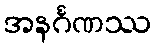
အနင်္ဂဏဿ